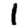
Digit: 1